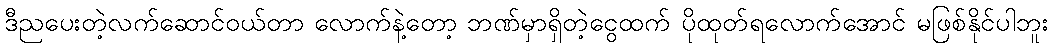
ဒီညပေးတဲ့လက်ဆောင်ဝယ်တာ လောက်နဲ့တော့ ဘဏ်မှာရှိတဲ့ငွေထက် ပိုထုတ်ရလောက်အောင် မဖြစ်နိုင်ပါဘူး